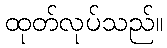
ထုတ်လုပ်သည်။